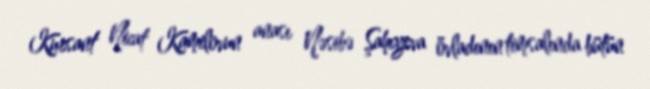
Kursant Nicat Kamilovun anası Nəsibə Şahıyeva övladının timsalında bütün